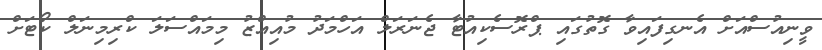
ވީނިއުސްއަށް އެނގިފައިވާ ގޮތުގައި ޕްރޮސެކިއުޓާ ޖެނަރަލް އަހްމަދު މުއިއްޒު މިމައްސަލަ ކްރިމިނަލް ކޯޓަށް